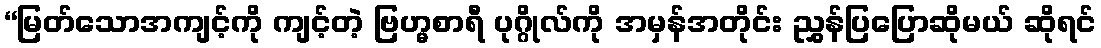
“မြတ်သောအကျင့်ကို ကျင့်တဲ့ ဗြဟ္မစာရီ ပုဂ္ဂိုလ်ကို အမှန်အတိုင်း ညွှန်ပြပြောဆိုမယ် ဆိုရင်